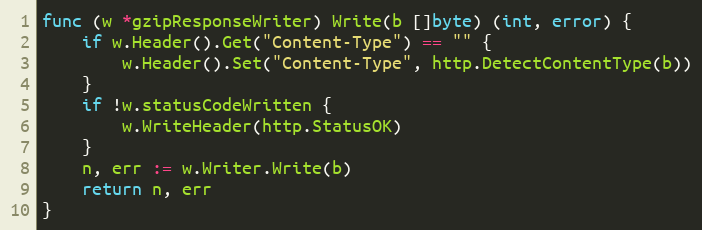
Language: Go
func (w *gzipResponseWriter) Write(b []byte) (int, error) {
	if w.Header().Get("Content-Type") == "" {
		w.Header().Set("Content-Type", http.DetectContentType(b))
	}
	if !w.statusCodeWritten {
		w.WriteHeader(http.StatusOK)
	}
	n, err := w.Writer.Write(b)
	return n, err
}